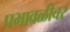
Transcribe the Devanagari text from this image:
प्रभावळीवर